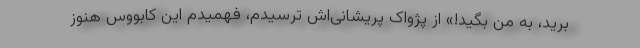
برید، به من بگید!» از پژواک پریشانی‌اش ترسیدم، فهمیدم این کابووس هنوز